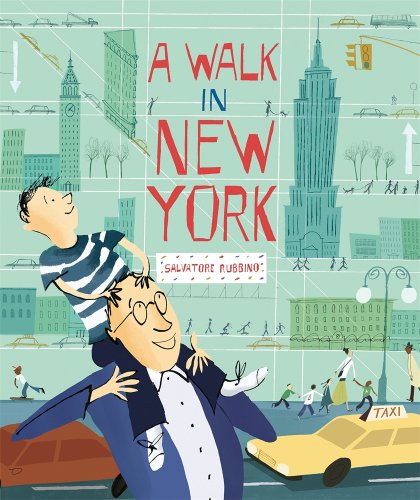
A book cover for A Walk in New York; Salvatore Rubbino; Children's Books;